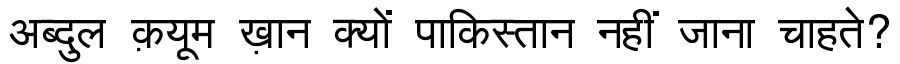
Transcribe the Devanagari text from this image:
अब्दुल क़यूम ख़ान क्यों पाकिस्तान नहीं जाना चाहते?